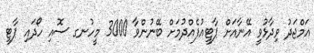
އަމްޖަދު ވިދާޅުވީ އޭނާއަށް ޕާޓީއުފެއްދުމަށް ބޭނުންވާ 3000 މީހުނގ ސޮއި ހޯދައި ޕާޓީ